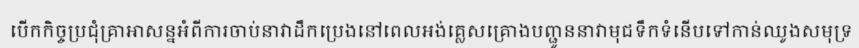
បើកកិច្ចប្រជុំគ្រាអាសន្នអំពីការចាប់នាវាដឹកប្រេងនៅពេលអង់គ្លេសគ្រោងបញ្ជូននាវាមុជទឹកទំនើបទៅកាន់ឈូងសមុទ្រ